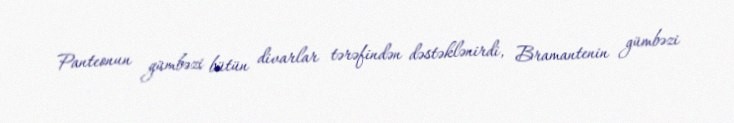
Panteonun gümbəzi bütün divarlar tərəfindən dəstəklənirdi, Bramantenin gümbəzi